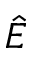
\hat { E }